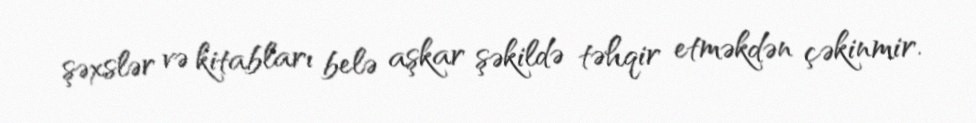
şəxslər və kitabları belə aşkar şəkildə təhqir etməkdən çəkinmir.